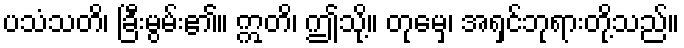
ပသံသတိ၊ ခြီးမွမ်း၏။ ဣတိ၊ ဤသို့။ တုမှေ၊ အရှင်ဘုရားတို့သည်။